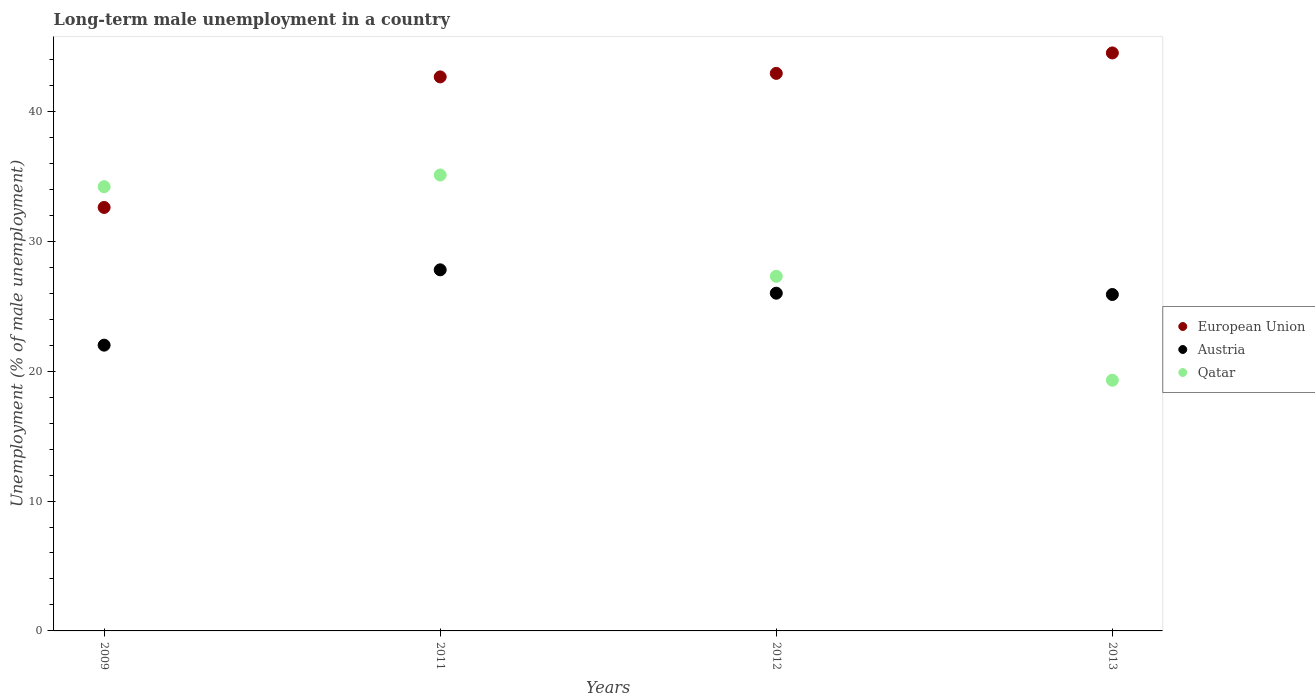
| Years | European Union | Austria | Qatar |
 | --- | --- | --- | --- |
 | 2009 | 32.6 | 22 | 34.2 |
 | 2011 | 42.7 | 27.8 | 35.1 |
 | 2012 | 42.9 | 26 | 27.3 |
 | 2013 | 44.5 | 25.9 | 19.3 |